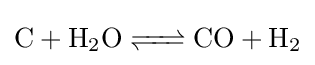
{\ce {C + H2O <=> CO + H2}}